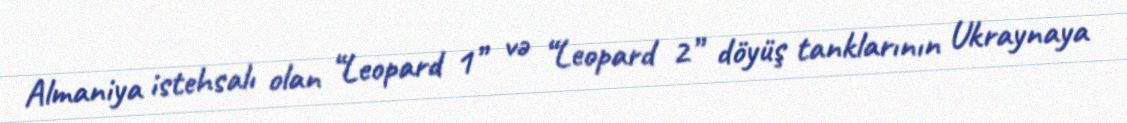
Almaniya istehsalı olan “Leopard 1” və “Leopard 2” döyüş tanklarının Ukraynaya